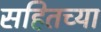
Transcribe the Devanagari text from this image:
सहितच्या